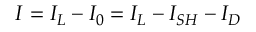
I = I _ { L } - I _ { 0 } = I _ { L } - I _ { S H } - I _ { D }